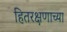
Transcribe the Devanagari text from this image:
हितरक्षणाच्या